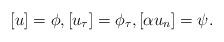
\begin{align*}[u] = \phi, [u_{\tau}] = \phi_{\tau}, [\alpha u_n] = \psi. \end{align*}